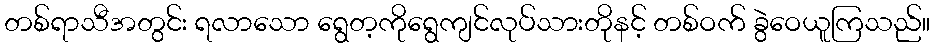
တစ်ရာသီအတွင်း ရလာသော ရွေတ့ကိုရွေကျင်လုပ်သားတိုနင့် တစ်ဝက် ခွဲဝေယူကြသည်။